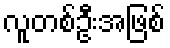
လူတစ်ဦးအဖြစ်